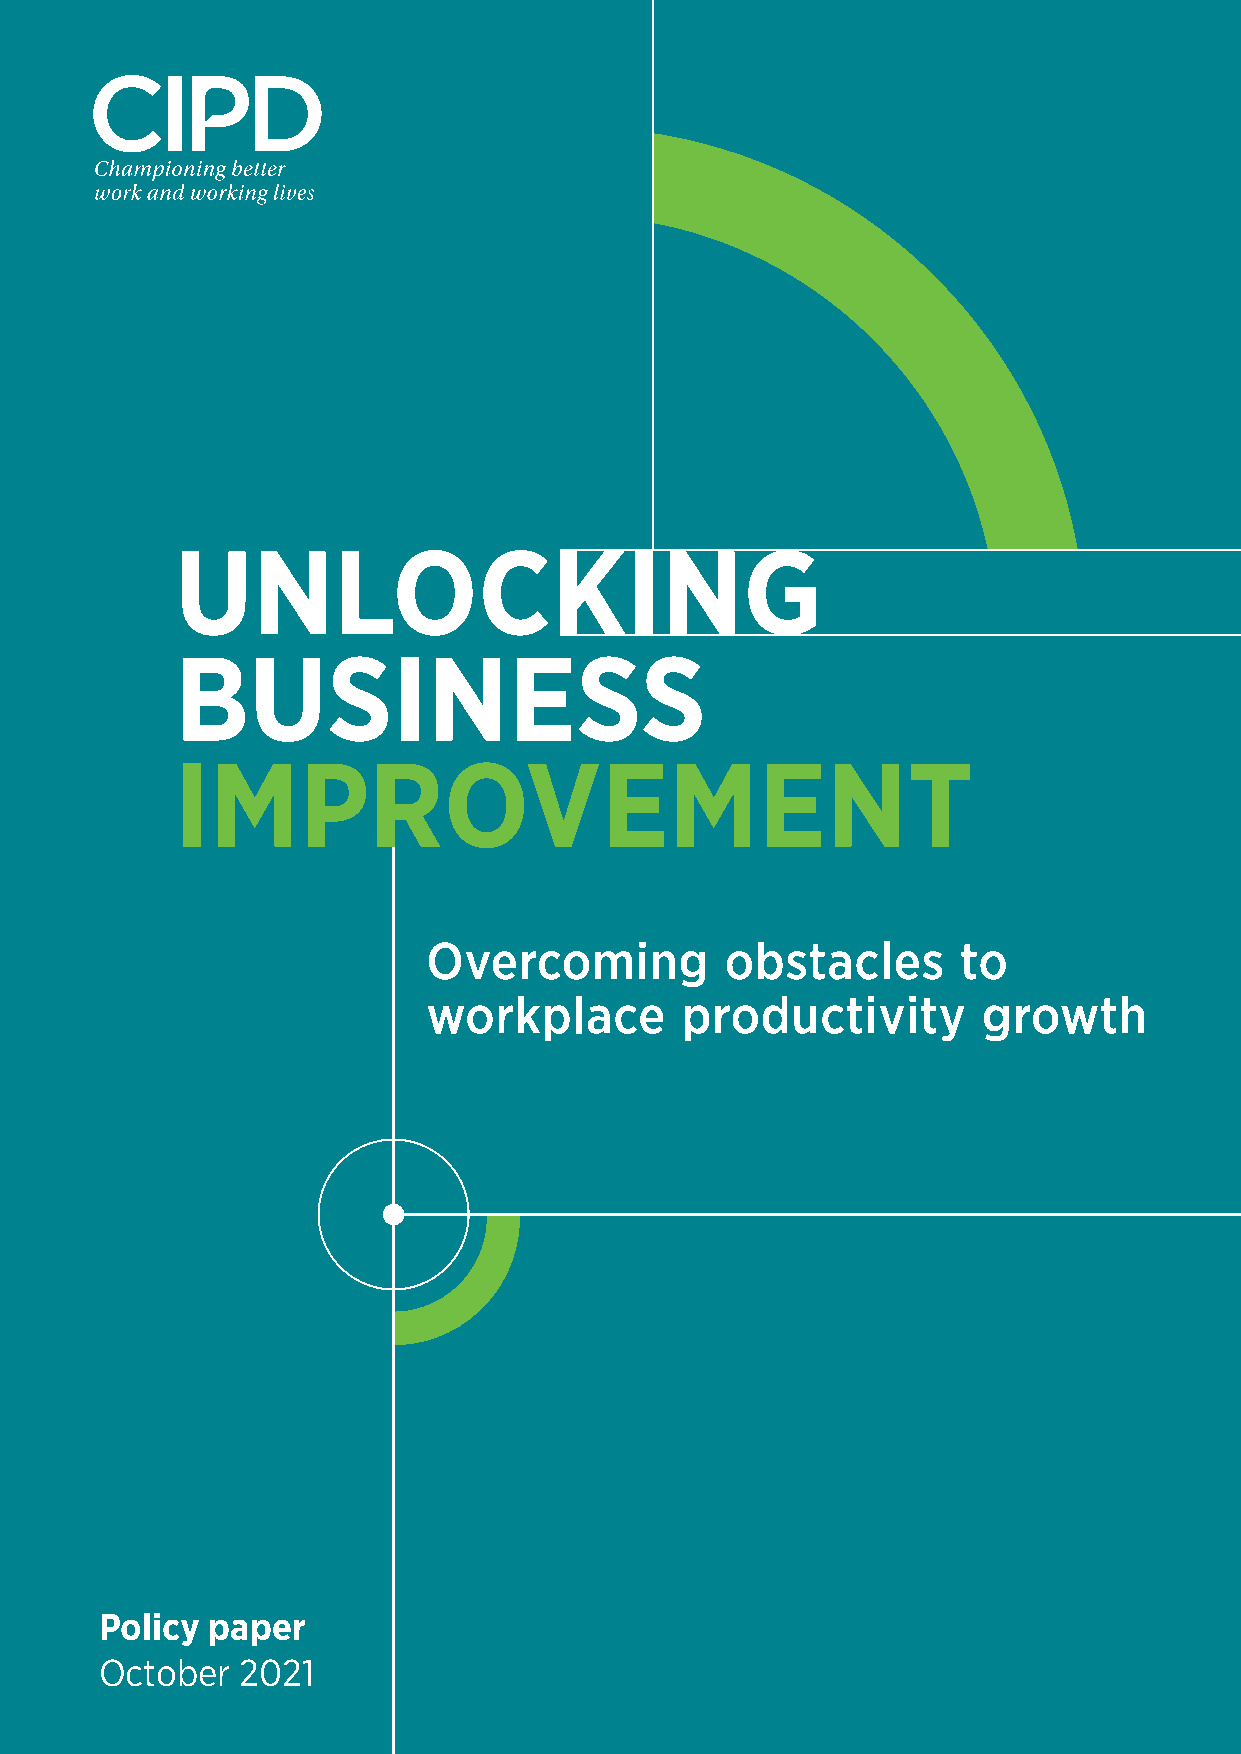
UNLOCKING
 BUSINESS
 IMPROVEMENT
 Overcoming          obstacles       to
 workplace        productivity        growth
 Policy paper
 October  2021